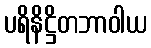
ပရိနိဋ္ဌိတဘာဝါယ